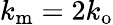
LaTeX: k_{\mathrm{m}}=2k_{\mathrm{o}}